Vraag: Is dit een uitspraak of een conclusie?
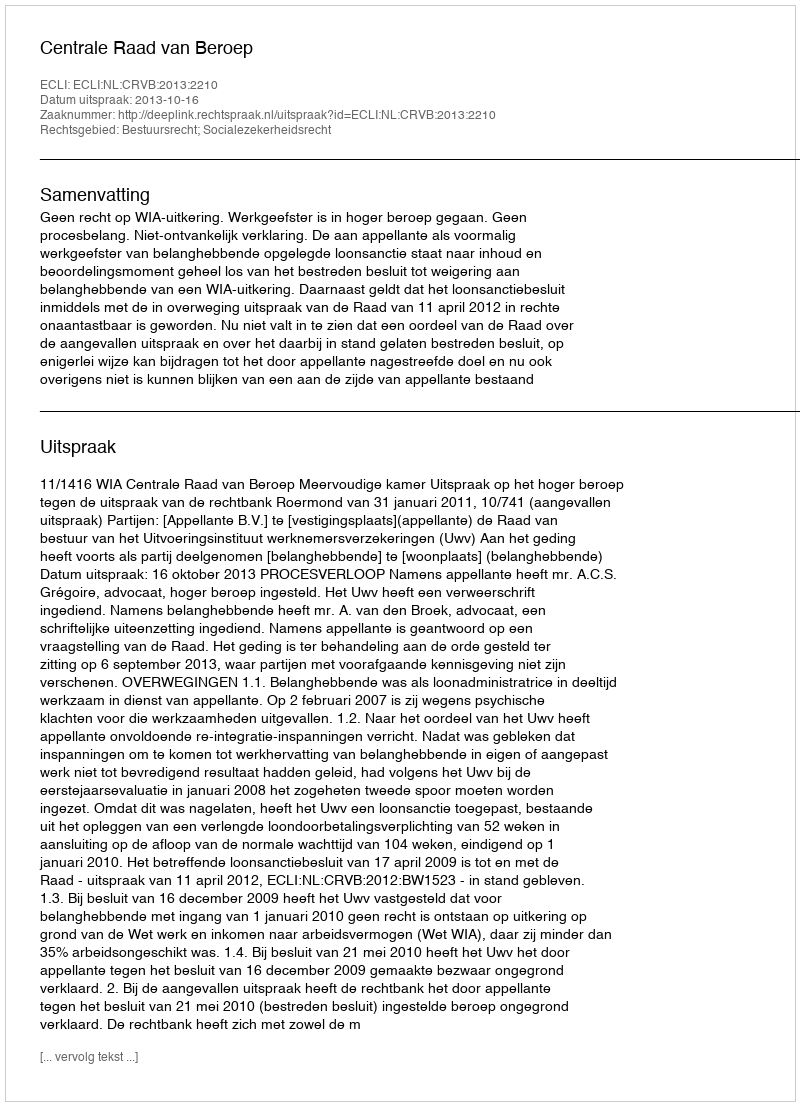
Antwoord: Uitspraak